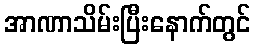
အာဏာသိမ်းပြီးနောက်တွင်